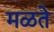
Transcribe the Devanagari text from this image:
मळते